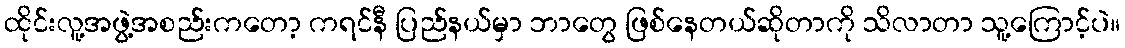
ထိုင်းလူ့အဖွဲ့အစည်းကတော့ ကရင်နီ ပြည်နယ်မှာ ဘာတွေ ဖြစ်နေတယ်ဆိုတာကို သိလာတာ သူ့ကြောင့်ပဲ။